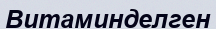
Витаминделген